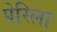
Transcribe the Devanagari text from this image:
पेरिला